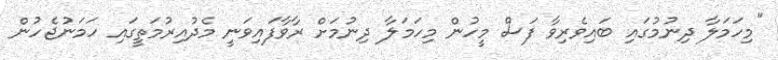
"މިހަމަލާ ދިނުމުގައި ބައިވެރިވާ ފަސް މީހުން މިހަމަލާ ދިނުމަށް ރާވާފައިވަނީ މެދުއިރުމަތީގައި ހަމަނުޖެހުން